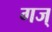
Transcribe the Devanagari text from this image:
गज्